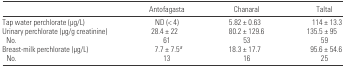
<table><thead><tr><td></td><td><b>Antofagasta</b></td><td><b>Chanaral</b></td><td><b>Taltal</b></td></tr></thead><tbody><tr><td>Tap water perchlorate (μg/L)</td><td>ND (&lt; 4)</td><td>5.82 ± 0.63</td><td>114 ± 13.3</td></tr><tr><td>Urinary perchlorate (μg/g creatinine)</td><td>28.4 ± 22</td><td>80.2 ± 129.6</td><td>135.5 ± 95</td></tr><tr><td> No.</td><td>61</td><td>53</td><td>59</td></tr><tr><td>Breast-milk perchlorate (μg/L)</td><td>7.7 ± 7.5a</td><td>18.3 ± 17.7</td><td>95.6 ± 54.6</td></tr><tr><td> No.</td><td>13</td><td>16</td><td>25</td></tr></tbody></table>